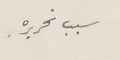
سبب تحريرهِ